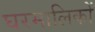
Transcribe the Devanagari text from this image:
घरमालिकों